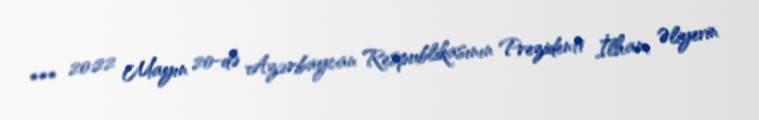
*** 20:22 Mayın 20-də Azərbaycan Respublikasının Prezidenti İlham Əliyevin